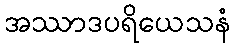
အဿာဒပရိယေသနံ